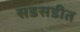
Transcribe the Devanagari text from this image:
सडसडीत